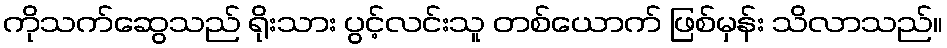
ကိုသက်ဆွေသည် ရိုးသား ပွင့်လင်းသူ တစ်ယောက် ဖြစ်မှန်း သိလာသည်။